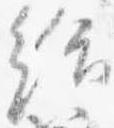
給